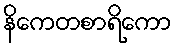
နိကေတစာရိကော